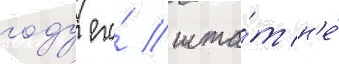
году его́ шта́т н'е́